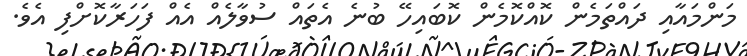
މަންމައާއި ދައްތަމެން ކޮއްކޮމެން ކޮބައިހޭ ބުނެ އެތައް ސުވާލެއް އެއް ފަހަރާކޮށްފި އެވެ.